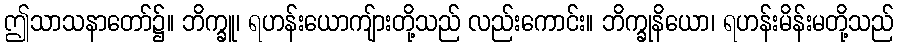
ဤသာသနာတော်၌။ ဘိက္ခူ၊ ရဟန်းယောကျ်ားတို့သည် လည်းကောင်း။ ဘိက္ခုနိယော၊ ရဟန်းမိန်းမတို့သည်